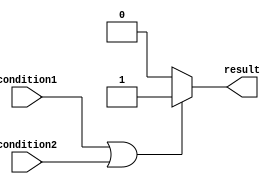
module if_else_logical_or (
    input wire condition1,
    input wire condition2,
    output reg result
);

always @* begin
    if (condition1 || condition2) begin
        // Execute specific block of code based on the conditions
        result <= 1;
    end
    else begin
        // Execute another block of code
        result <= 0;
    end
end

endmodule